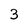
Character: 3